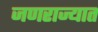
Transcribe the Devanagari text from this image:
जणराज्यात